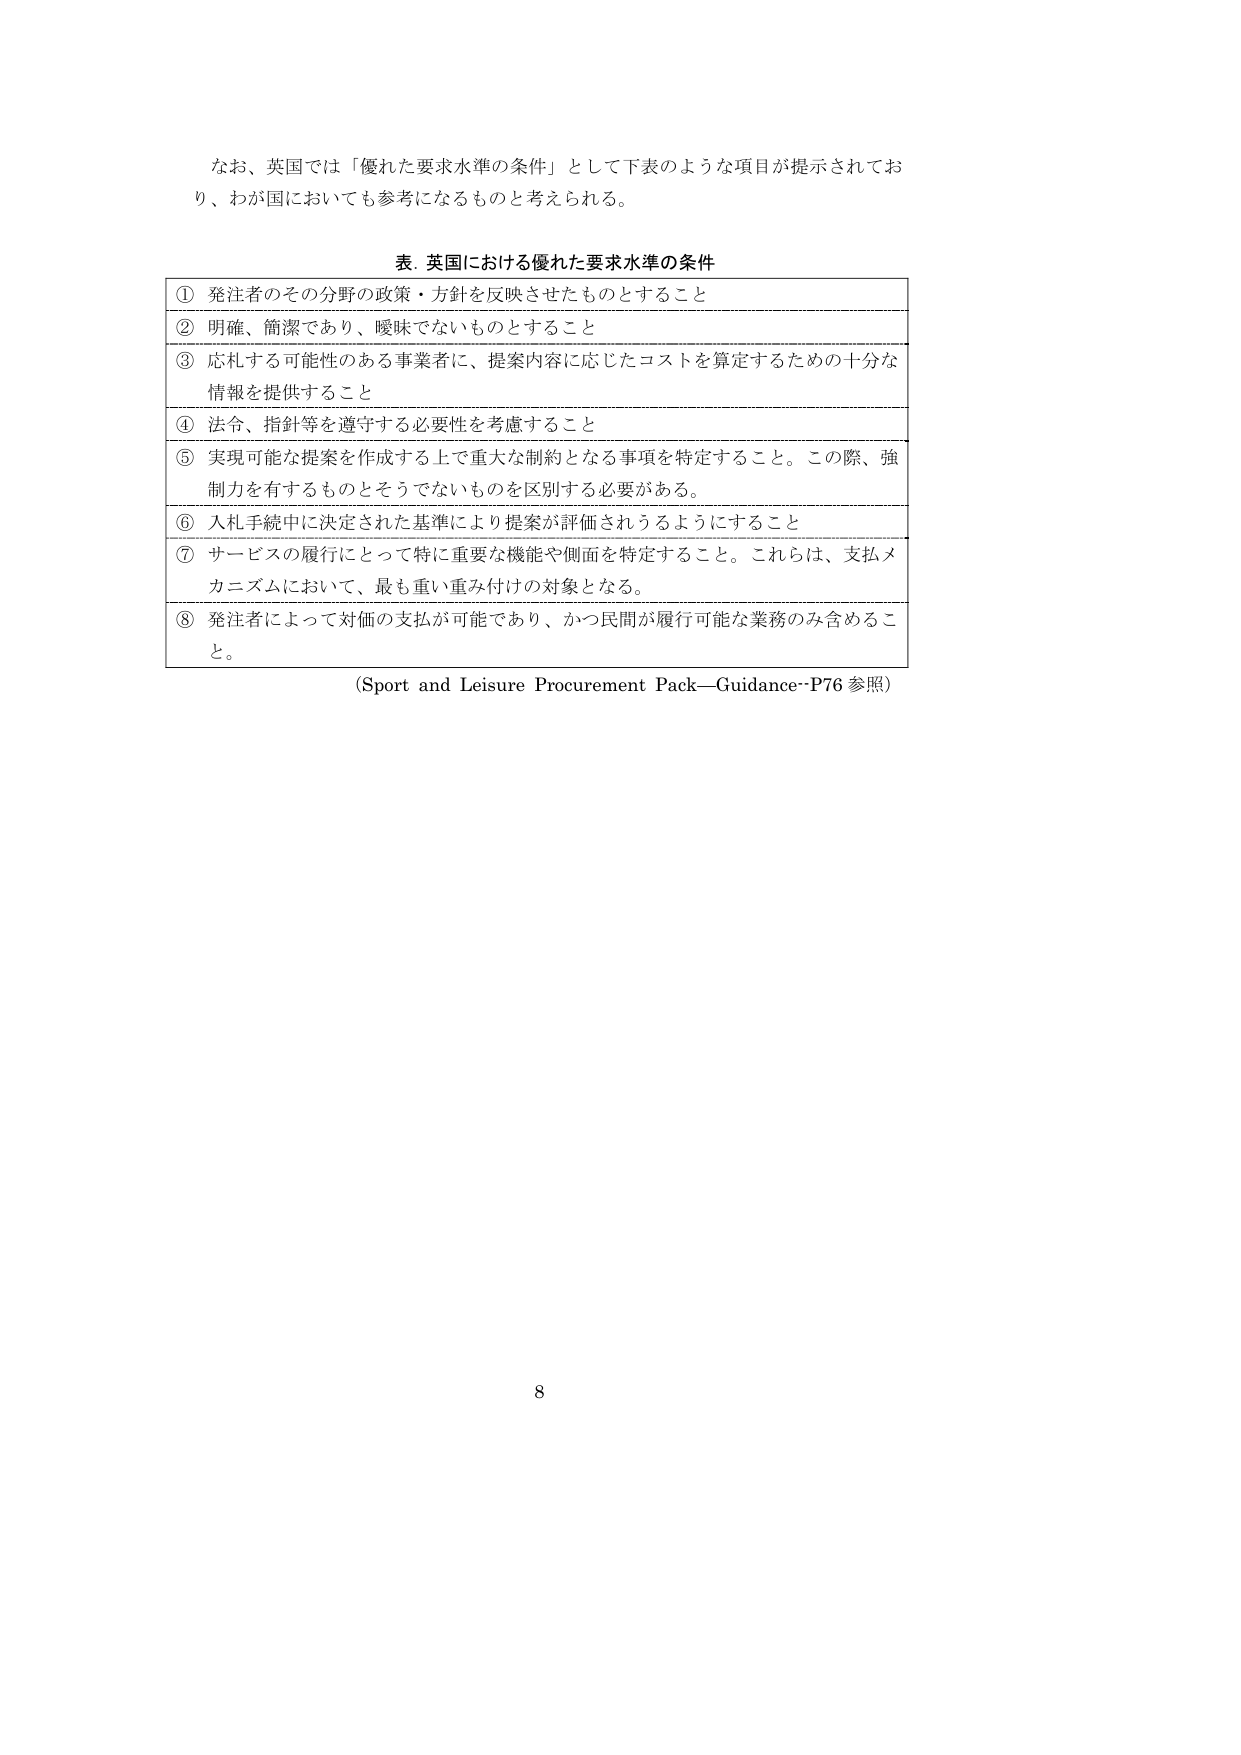
なお、英国では「優れた要求水準の条件」として下表のような項目が提示されており、わが国においても参考になるものと考えられる。

表．英国における優れた要求水準の条件

① 発注者のその分野の政策・方針を反映させたものとすること

② 明確、簡潔であり、曖昧でないものとすること

③ 応札する可能性のある事業者に、提案内容に応じたコストを算定するための十分な情報を提供すること

④ 法令、指針等を遵守する必要性を考慮すること

⑤ 実現可能な提案を作成する上で重大な制約となる事項を特定すること。この際、強制力を有するものとそうでないものを区別する必要がある。

⑥ 入札手続中に決定された基準により提案が評価されうるようにすること

⑦ サービスの履行にとって特に重要な機能や側面を特定すること。これらは、支払メカニズムにおいて、最も重い重み付けの対象となる。

⑧ 発注者によって対価の支払が可能であり、かつ民間が履行可能な業務のみ含めること。

（Sport and Leisure Procurement Pack—Guidance・P76 参照）

8